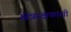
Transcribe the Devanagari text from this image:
क्षेत्ररक्षकांशी